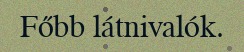
Főbb látnivalók.